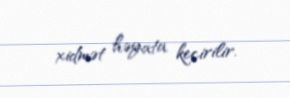
xidmət həyata keçirilir.